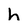
Character: h